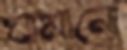
ঘামানো